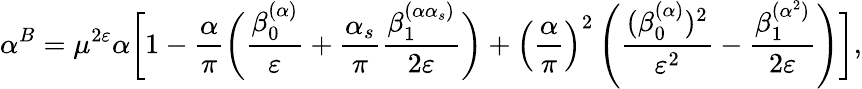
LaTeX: \alpha^{B}=\mu^{2\varepsilon}\alpha\biggl[1-\frac{\alpha}{\pi}\biggl(\frac{\beta_{0}^{(\alpha)}}{\varepsilon}+\frac{\alpha_{s}}{\pi}\frac{\beta_{1}^{(\alpha\alpha_{s})}}{2\varepsilon}\biggr)+\left(\frac{\alpha}{\pi}\right)^{2}\left(\frac{(\beta_{0}^{(\alpha)})^{2}}{\varepsilon^{2}}-\frac{\beta_{1}^{(\alpha^{2})}}{2\varepsilon}\right)\biggr],